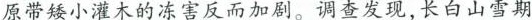
原带矮小灌木的冻害反而加剧。调查发现，长白山雪期